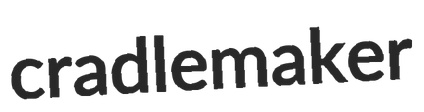
cradlemaker